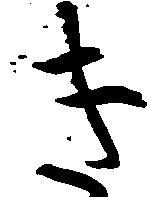
き